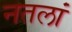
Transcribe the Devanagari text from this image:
नतलां